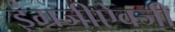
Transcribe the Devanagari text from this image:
इंग्रजीऐवजी